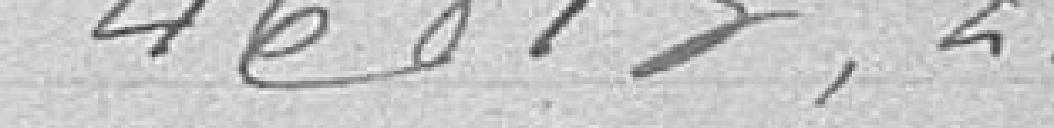
46.813,21